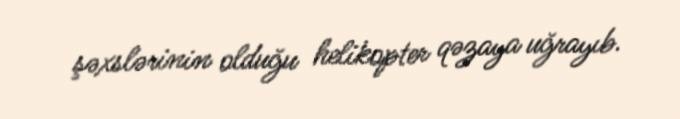
şəxslərinin olduğu helikopter qəzaya uğrayıb.